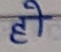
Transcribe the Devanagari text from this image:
हो